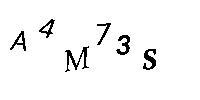
A4M73S